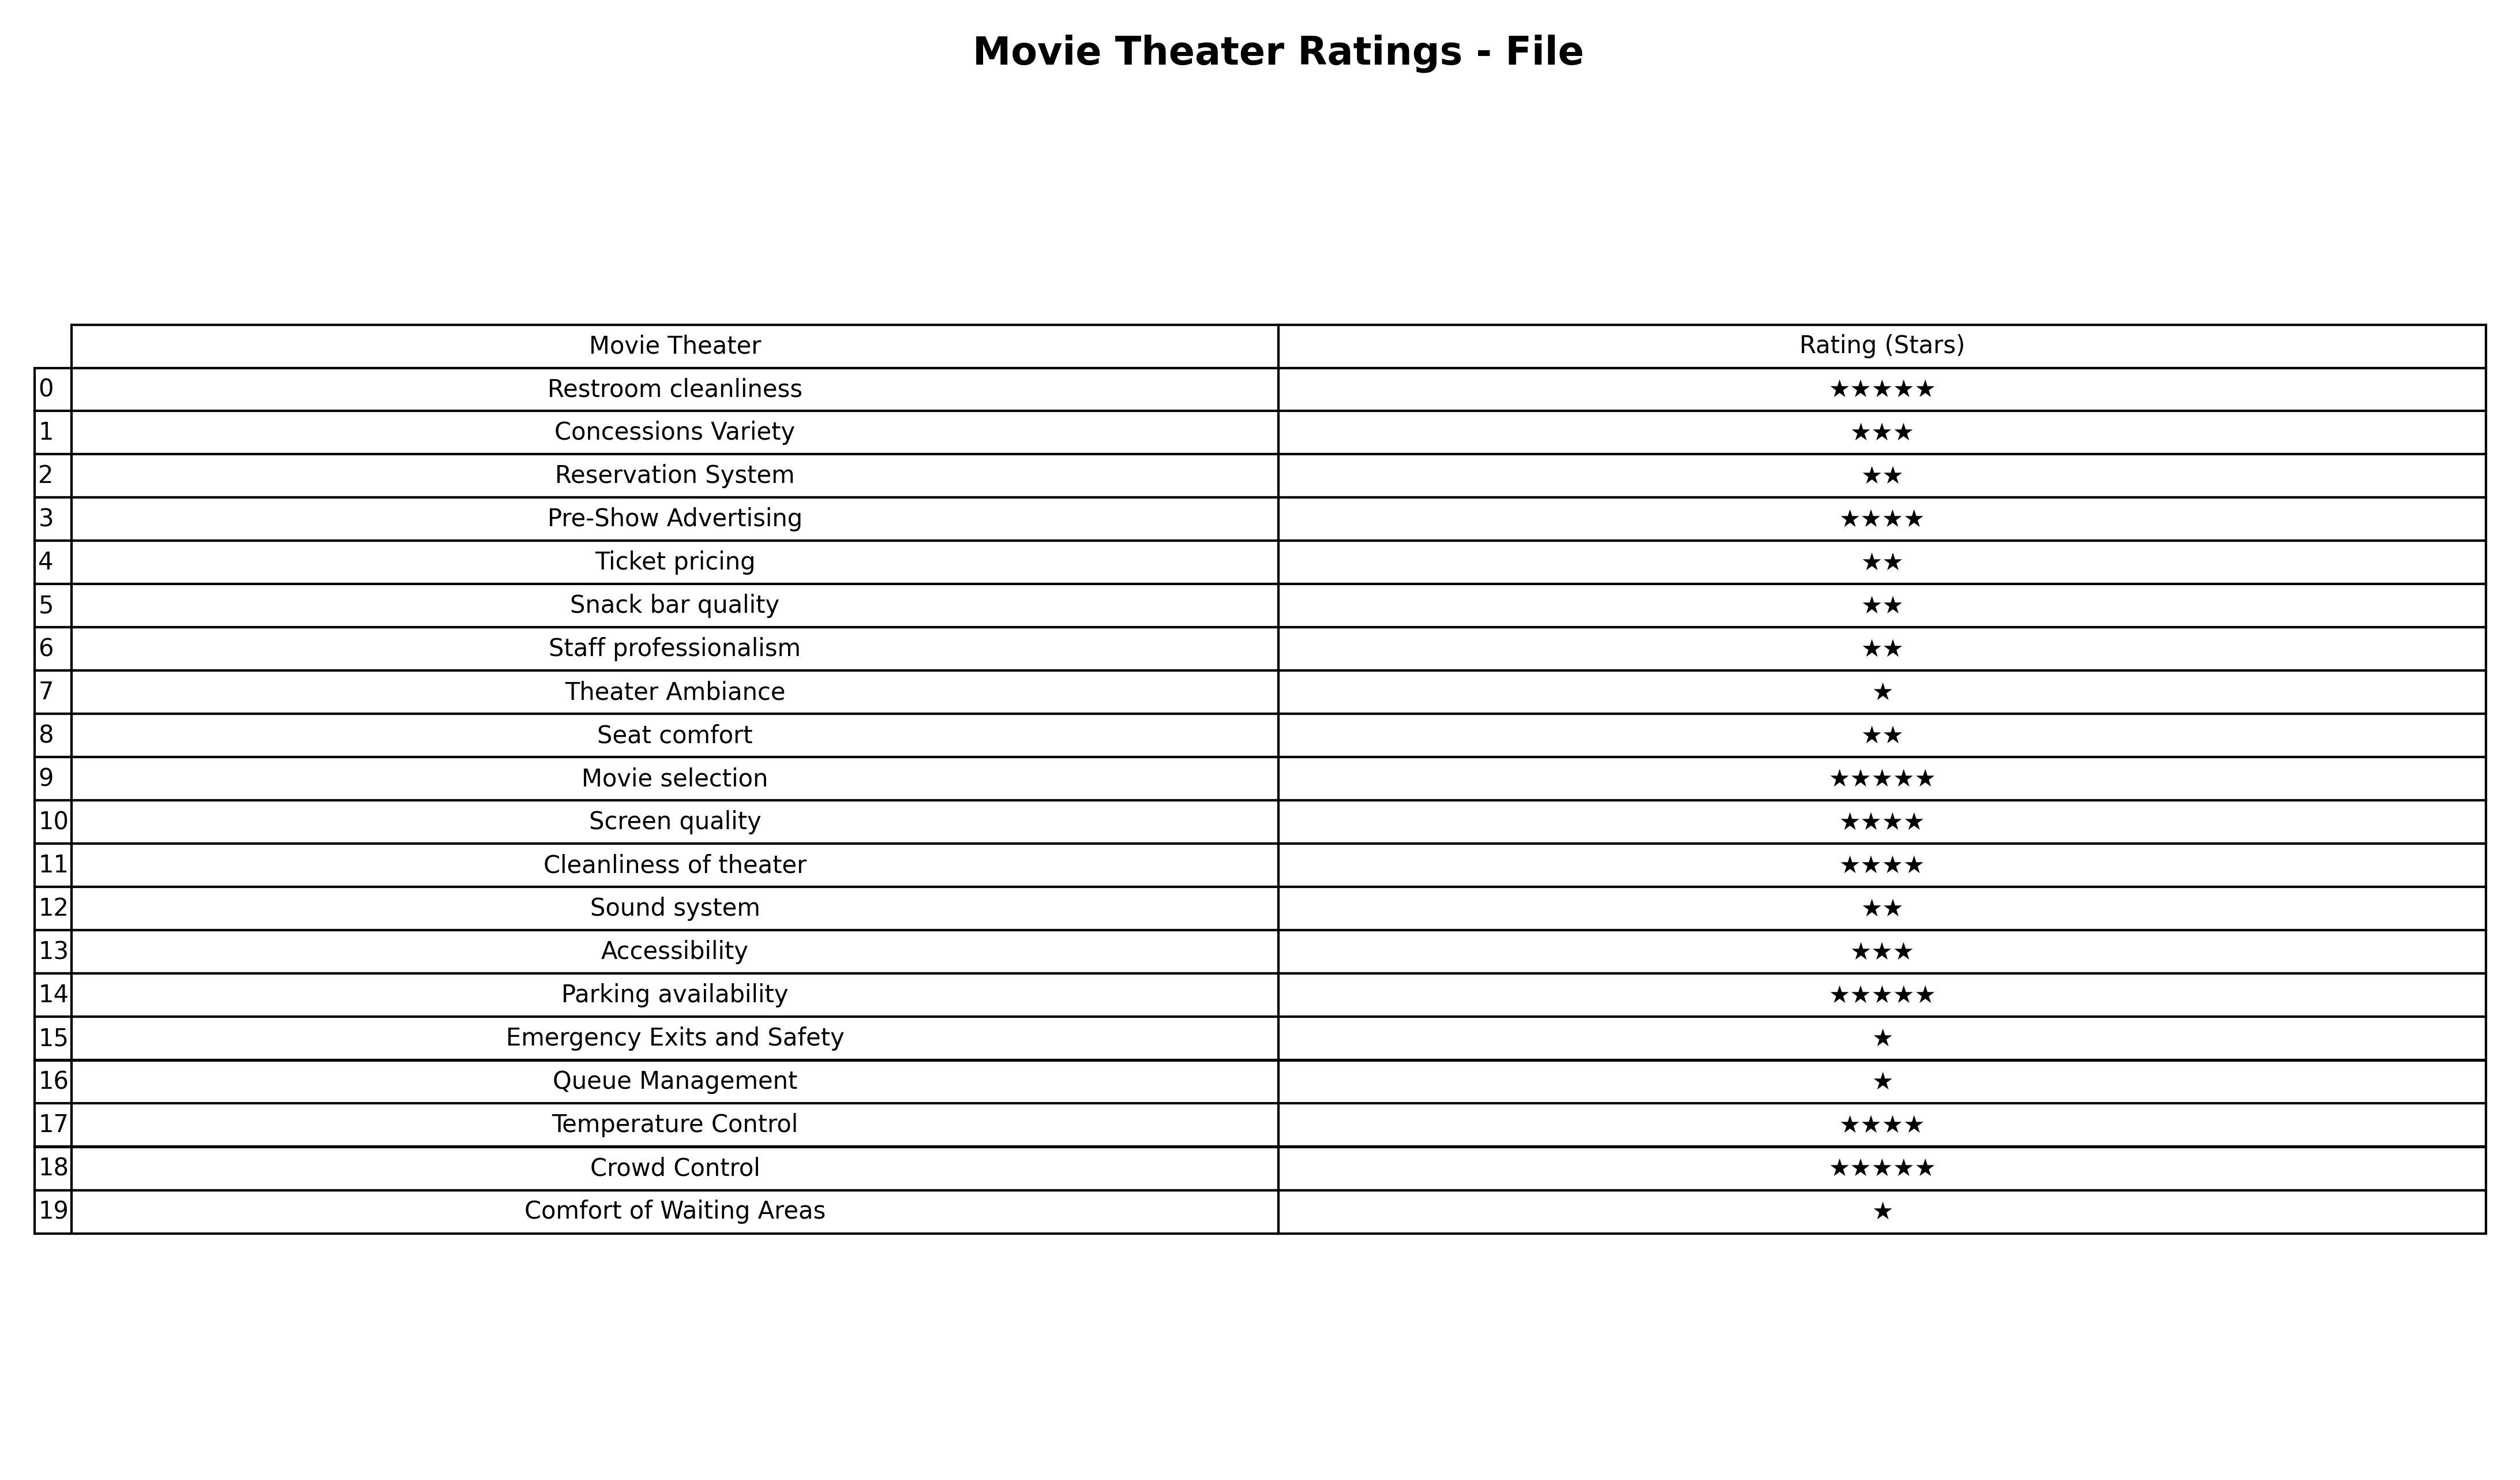
question: What is the rating of Restroom cleanliness?
answer: ★★★★★